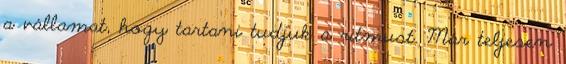
a vállamat, hogy tartani tudjuk a ritmust. Már teljesen